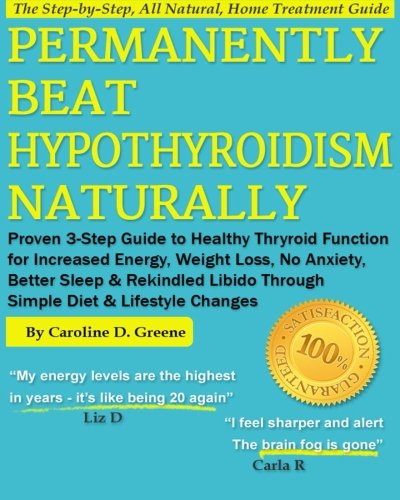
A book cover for Permanently Beat Hypothyroidism Naturally: Proven 3-Step Guide to Healthy Thyroid Function for Increased Energy, Weight Loss, No More Anxiety, Better ... a Simple Diet (Women's Health Expert Series); Caroline D Greene; Health, Fitness & Dieting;